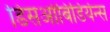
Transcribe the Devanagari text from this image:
डिसओबिडियेन्स